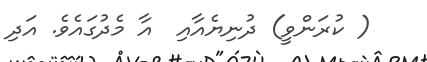
( ކުރަންވީ) ދުނިޔެއާއި  އާ މެދުގައެވެ. އަދި